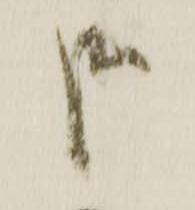
哉